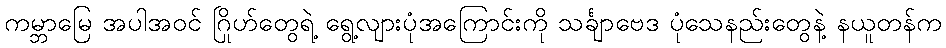
ကမ္ဘာမြေ အပါအဝင် ဂြိုဟ်တွေရဲ့ ရွေ့လျားပုံအကြောင်းကို သင်္ချာဗေဒ ပုံသေနည်းတွေနဲ့ နယူတန်က